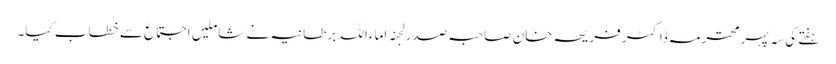
ہفتے کی سہ پہرمحترمہ ڈاکٹر فریحہ خان صاحبہ صدر لجنہ اماء اللہ برطانیہ نے شاملیں اجتماع سے خطاب کیا۔